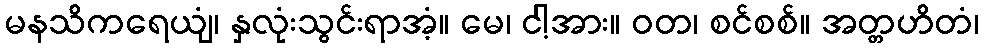
မနသိကရေယျံ၊ နှလုံးသွင်းရာအံ့။ မေ၊ ငါ့အား။ ဝတ၊ စင်စစ်။ အတ္တဟိတံ၊